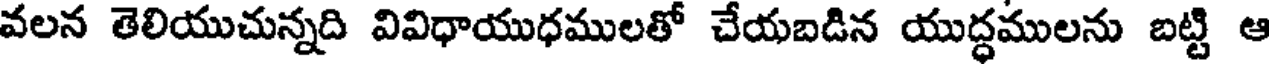
వలన తెలియుచున్నది వివిధాయుధములతో చేయబడిన యుద్ధములను బట్టి ఆ